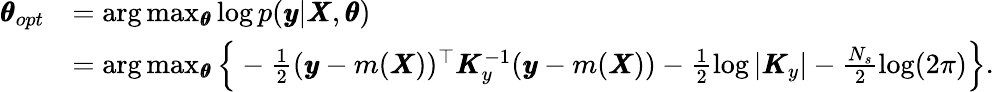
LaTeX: \begin{array}{rl}{\pmb{\theta}_{opt}}&{=\arg\operatorname*{max}_{\pmb{\theta}}\log p(\pmb{y}|\pmb{X},\pmb{\theta})}\\ &{=\arg\operatorname*{max}_{\pmb{\theta}}\Big\{ -\frac{1}{2}(\pmb{y}-m(\pmb{X}))^{\top}\pmb{K}_{y}^{-1}(\pmb{y}-m(\pmb{X}))-\frac{1}{2}\log|\pmb{K}_{y}|-\frac{N_{s}}{2}\log(2\pi)\Big\} .}\end{array}